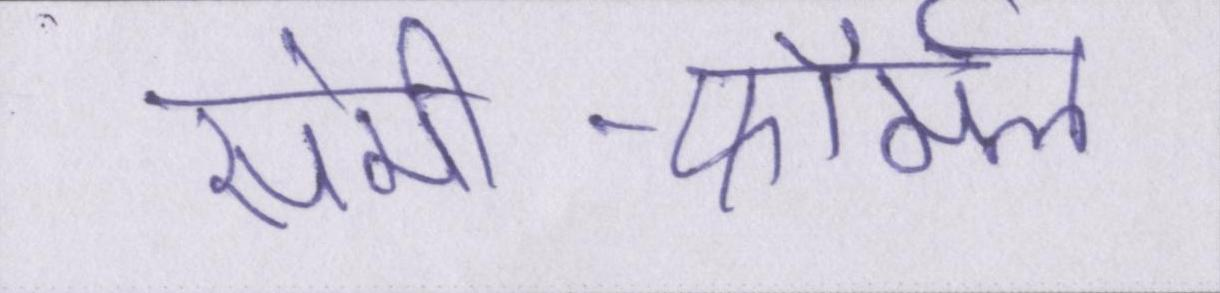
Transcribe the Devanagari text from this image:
सेमी-फॉर्मल